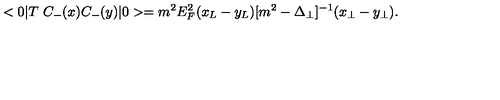
< 0 | T \ C _ { - } ( x ) C _ { - } ( y ) | 0 > = m ^ { 2 } E _ { F } ^ { 2 } ( x _ { L } - y _ { L } ) [ m ^ { 2 } - \Delta _ { \perp } ] ^ { - 1 } ( x _ { \perp } - y _ { \perp } ) .